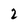
Character: 2